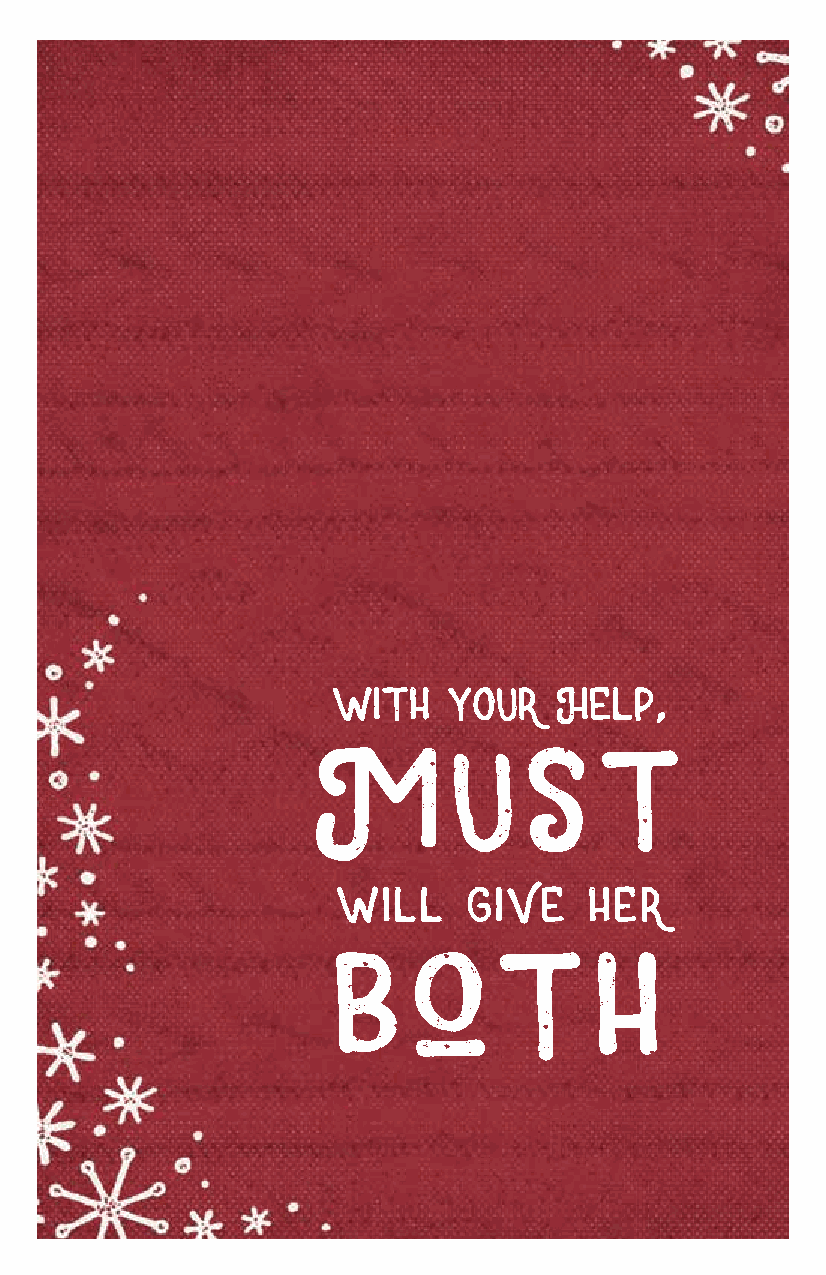
ways      to   help    all    year
 FOOD
 Please consider gifts of food for those in our
 community who need many of the basics we take
 for granted. Items brought to our MUST Donation
 Center sponsored by  Northside Hospital are
 delivered to our three locations in Marietta, Smyrna
 and Canton and 38+ MUST Neighborhood Pantries
 in schools.                                               You      have       so    much.
 FOOD/TOILETRIES    NEEDED   MOST:
 Peanut butter  Canned meat  Feminine hygiene
 products
 Canned          Jelly
 vegetables                 Laundry detergent
 Chunky Soup
 Mac + Cheese                   Shampoo
 Toilet paper
 Beef stew/chili
 with    your   Help,
 M        u    S    t
 CHEROKEE CLIENT SERVICES
 111 Brown Industrial Parkway, Canton, GA 30114 | 770.479.5397
 MARIETTA CLIENT SERVICES & ADMINISTRATION
 1407 Cobb Parkway N., Marietta, GA 30062
 770.427.9862 (Main Number)
 will     give    her                                                                            She   wants       a  Baby     Doll.
 SMYRNA CLIENT SERVICES
 b    o     t      h                   460 Pat Mell Road, Smyrna, GA 30080 | 770.436.9514
 she   needs     a  blanket.
 ELIZABETH INN CAMPUS
 55 Elizabeth Church Road, Marietta, GA 30060 | 678.218.4533
 DONATION CENTER | SPONSORED BY NORTHSIDE HOSPITAL
 1280 Field Parkway, Marietta, GA 30066 | 678.581.8090
 QUESTIONS? PLEASE CONTACT:
 Corporate:         Churches:
 Don Crampton | 678-218-4480 Ron Sumpter | 770-790-3877
 dcrampton@mustministries.org rsumpter@mustministries.org
 www.mustministries.org